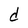
Character: d